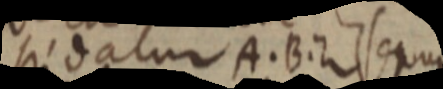
si datur A. B . Z sequ